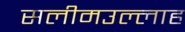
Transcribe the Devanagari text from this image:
सलीमउल्लाह